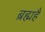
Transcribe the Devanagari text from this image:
ब्रह्महै